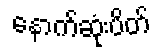
နောက်ဆုံးပိတ်